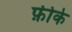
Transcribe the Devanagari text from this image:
फ़ीके